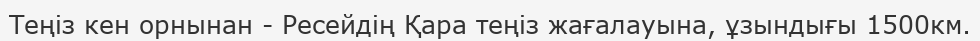
Теңіз кен орнынан - Ресейдің Қара теңіз жағалауына, ұзындығы 1500км.